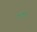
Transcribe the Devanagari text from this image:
काँपै॥